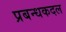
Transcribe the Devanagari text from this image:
प्रबन्धकदल